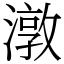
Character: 潡